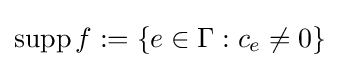
\operatorname {supp} f:=\{e\in \Gamma :c_{e}\neq 0\}